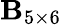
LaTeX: {\mathbf B}_{5\times 6}